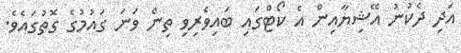
އަދި ދެކުނު އޭޝިޔާއިން އެ ކޯޓްގައި ބައިވެރިވި ތިން ވަނަ ގައުމުގެ ގޮތުގައެވެ.